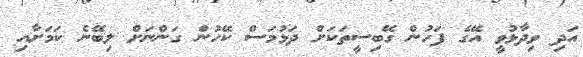
އަދި ވިދާޅުވީ އޭގެ ފަހުން ގޭބިސީތަކަށް ދަޅުމަސް ކޭހުން ގަންނަށް ލިބޭނެ ކަމަށާއި